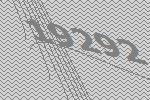
19292